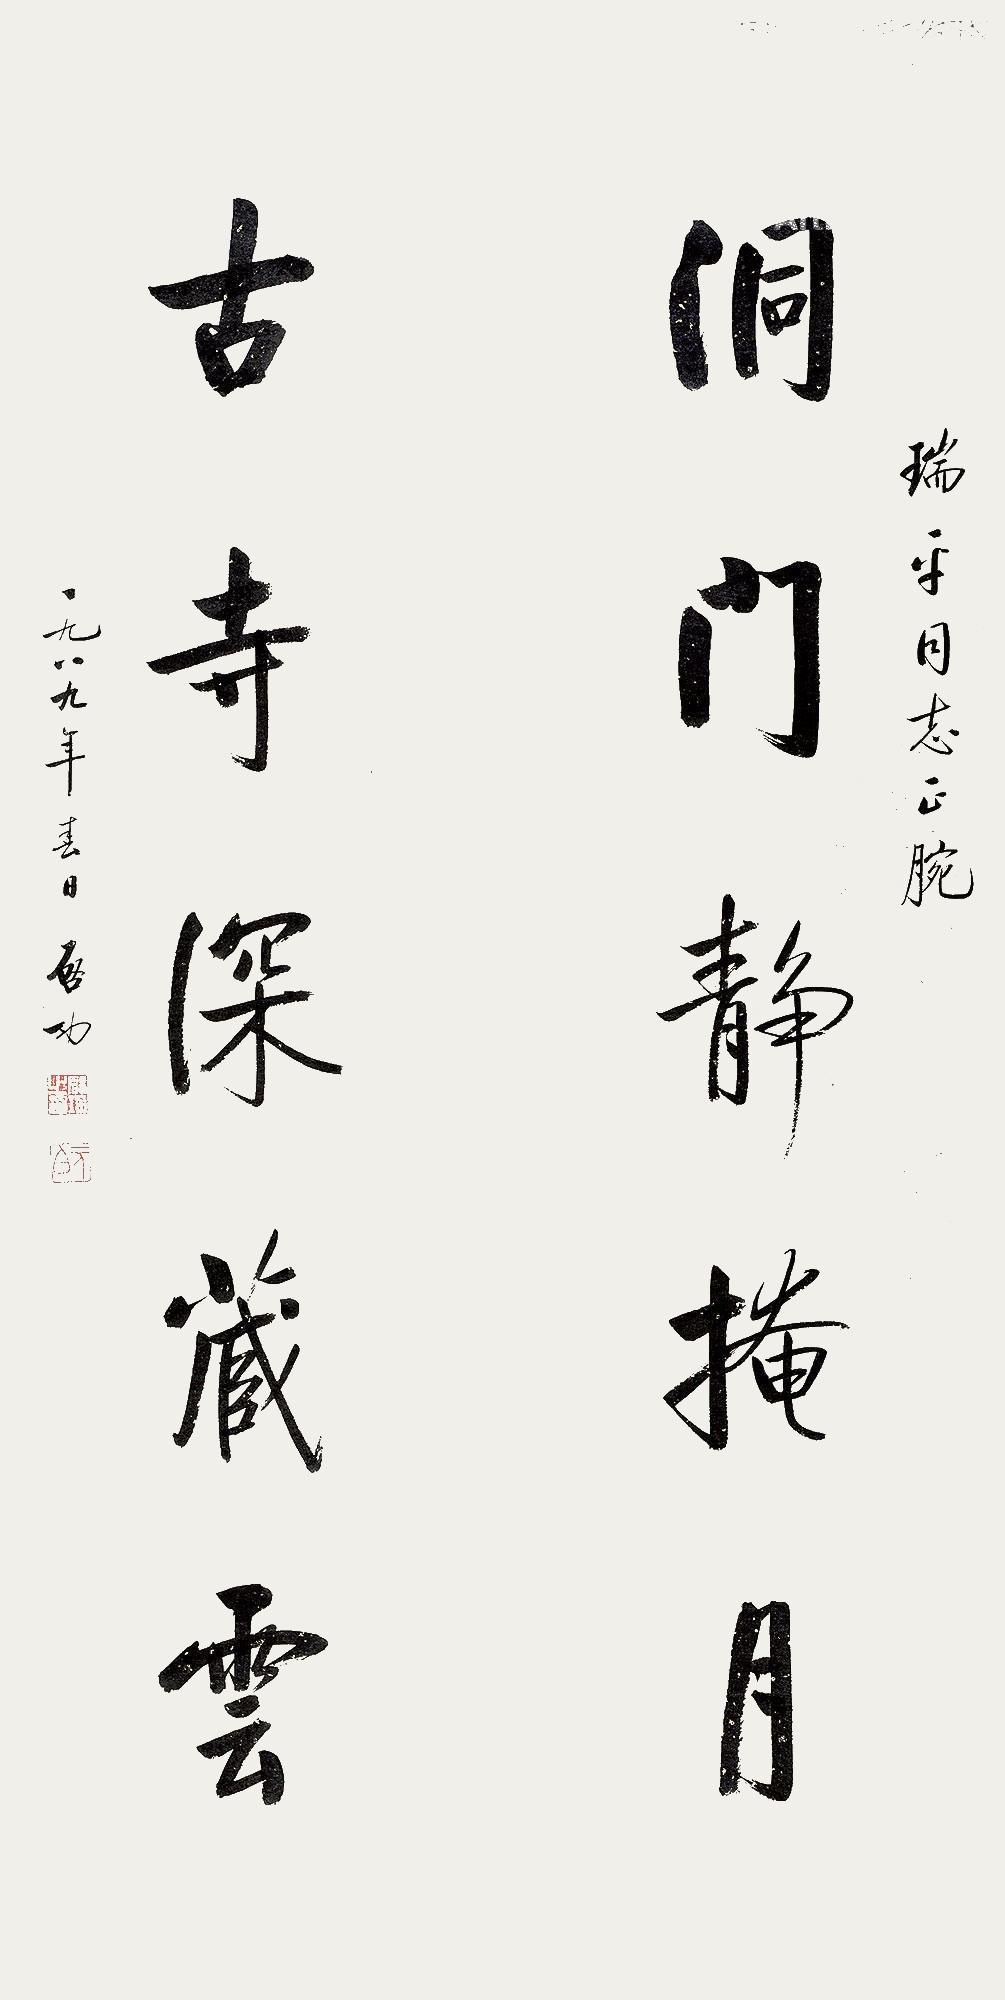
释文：洞门静掩月，古寺深藏云。瑞平同志正腕。一九八九年春日，启功。